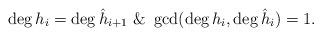
LaTeX: \begin{align*}\deg h_i=\deg \hat h_{i+1}\ \& \ \gcd(\deg h_i,\deg \hat h_i)=1.\end{align*}